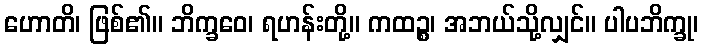
ဟောတိ၊ ဖြစ်၏။ ဘိက္ခဝေ၊ ရဟန်းတို့။ ကထဉ္စ၊ အဘယ်သို့လျှင်။ ပါပဘိက္ခု၊